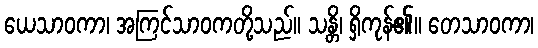
ယေသာဝကာ၊ အကြင်သာဝကတို့သည်။ သန္တိ၊ ရှိကုန်၏။ တေသာဝကာ၊